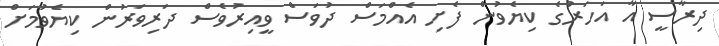
ދިރާސީ އާ އަހަރުގެ ކިޔެވުން ފެށި އެއްމަސް ދުވަސް ވީއިރުވެސް ދަރިވަރުން ކިޔެވުމަށް